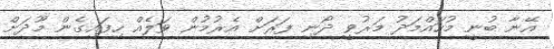
އޭނާ ބުނީ މުހައްމަދު މަރުވީ ދޯނި ފަރަށް އެރުމުން ވަލެއް ހިފައިގެން މޫދަށް